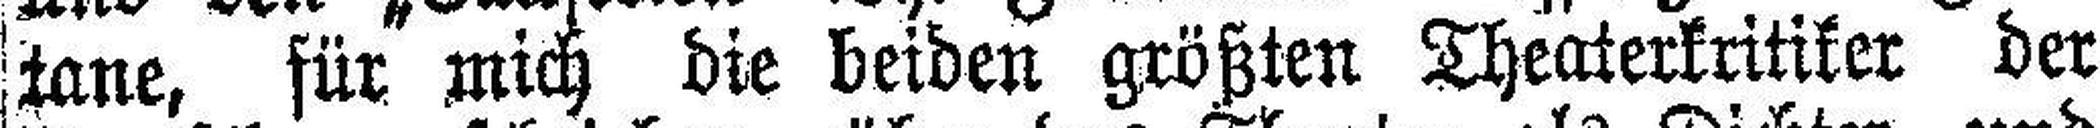
tane, für mich die beiden größten Theaterkritiker der